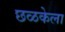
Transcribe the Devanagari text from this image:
छळकेला